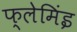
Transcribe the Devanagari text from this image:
फ्लेमिंइ